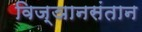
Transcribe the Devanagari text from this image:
विज्ञानसंतान